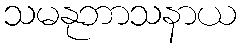
သမနုဘာသနာယ